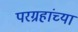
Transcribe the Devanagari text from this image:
परग्रहांच्या